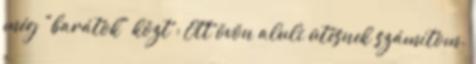
még "barátok" közt : Ott övön aluli ütésnek számítom.